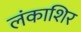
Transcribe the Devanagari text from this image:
लंकाशिर